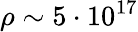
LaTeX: \rho\sim 5\cdot 10^{17}